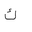
Letter: _kaf